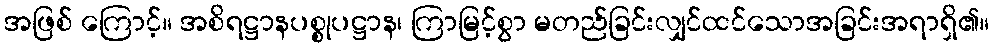
အဖြစ် ကြောင့်။ အစိရဋ္ဌာနပစ္စုပဋ္ဌာန၊ ကြာမြင့်စွာ မတည်ခြင်းလျှင်ထင်သောအခြင်းအရာရှိ၏။